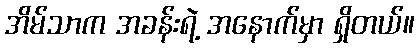
အိမ်သာက အခန်းရဲ့ အနောက်မှာ ရှိတယ်။